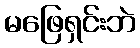
မဖြေရှင်းဘဲ